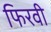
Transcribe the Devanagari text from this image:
फिरवी